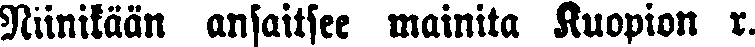
Niinikään ansaitsee mainita Kuopion r.